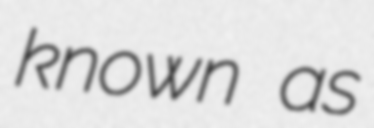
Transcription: known as